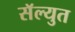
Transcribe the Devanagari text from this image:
सॅल्युत